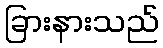
ခြားနားသည်